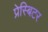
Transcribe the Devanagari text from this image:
प्रेस्बिटर